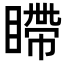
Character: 𪾹